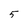
Character: 5